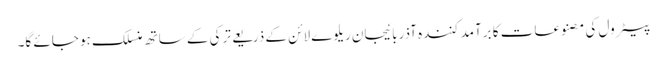
پیٹرول کی مصنوعات کا برآمد کنندہ آذربائیجان ریلوے لائن کے ذریعے ترکی کے ساتھ منسلک ہو جائے گا۔